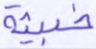
خبيثة